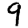
Digit: 9